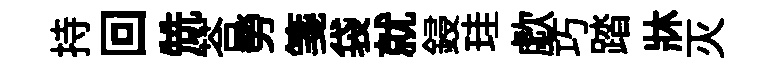
持回兟荅勞箋袋就鋟珪歔巧踏牀灭